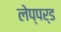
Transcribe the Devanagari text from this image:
लेप्पर्ड